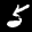
Label: 5